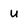
Character: u